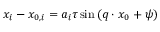
x _ { i } - x _ { 0 , i } = a _ { i } \tau \sin { ( \boldsymbol { q } \cdot \boldsymbol { x } _ { 0 } + \psi ) }